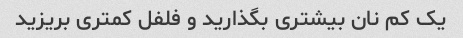
یک کم نان بیشتری بگذارید و فلفل کمتری بریزید